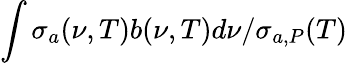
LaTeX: \int\sigma_{a}(\nu,T)b(\nu,T)d\nu/\sigma_{a,P}(T)